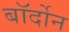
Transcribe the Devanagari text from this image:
बॉर्दोन